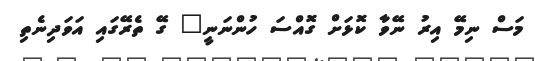
މަސް ނިމޭ އިރު ނޭވާ ކޮޅަށް ގޮއްސަ ހުންނަނީ" ގޭ ތެރޭގައި އަވަދިނެތި